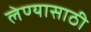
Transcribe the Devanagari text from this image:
लेण्यासाठी